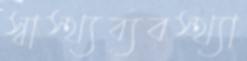
স্বাস্থ্যব্যবস্থ্যা